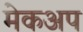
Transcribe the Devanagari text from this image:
मेकअप